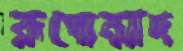
রূপোন্মাদ